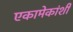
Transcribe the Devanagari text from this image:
एकामेकांशी